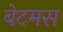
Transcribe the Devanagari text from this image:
बेटमस